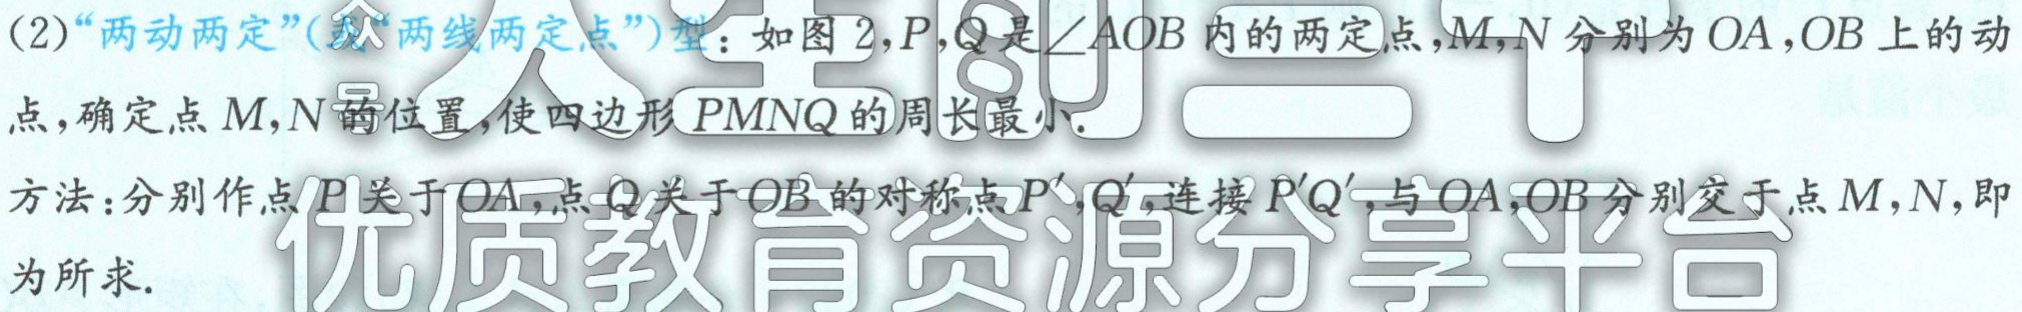
(2)“两动两定”(或“两线两定点”)型：如图2，\(P,Q\)是\(\angle AOB\)内的两定点，\(M,N\)分别为\(OA,OB\)上的动点，确定点\(M,N\)的位置，使四边形\(PMNQ\)的周长最小.

方法：分别作点\(P\)关于\(OA\)，点\(Q\)关于\(OB\)的对称点\(P',Q'\)，连接\(P'Q'\)，与\(OA,OB\)分别交于点\(M,N\)，即为所求.